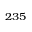
^ { 2 3 5 }